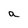
Character: a